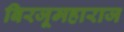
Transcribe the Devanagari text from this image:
बिरजूमहाराज